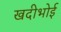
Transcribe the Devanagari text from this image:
खदीभोई